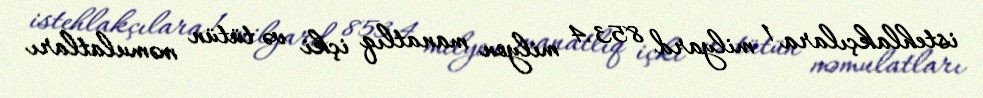
istehlakçılara 1 milyard 853.4 milyon manatlıq içki və tütün məmulatları